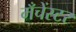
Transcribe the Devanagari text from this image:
मँचेंस्टर